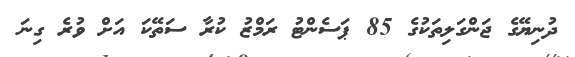
ދުނިޔޭގެ ޖަންގަލިތަކުގެ 85 ޕަސެންޓު ރަމްޒު ކުރާ ސަތޭކަ އަށް ވުރެ ގިނަ